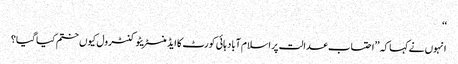
‘‘
انہوں نےکہا کہ ’’احتساب عدالت پر اسلام آباد ہائی کورٹ کا ایڈمنسٹریٹو کنٹرول کیوں ختم کیا گیا؟